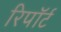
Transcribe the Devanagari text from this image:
रिपॉर्ट